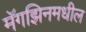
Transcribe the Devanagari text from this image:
मॅगझिनमधील